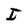
Character: I